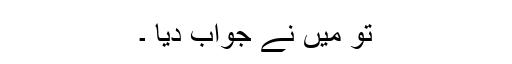
تو میں نے جواب دیا ۔